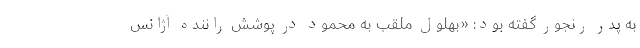
به پدر رنجور گفته بود: «بهلول ملقب به محمود در پوشش راننده آژانس